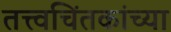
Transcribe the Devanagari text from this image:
तत्त्वचिंतकांच्या